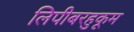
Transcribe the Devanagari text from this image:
लिपीबरहुकूम